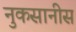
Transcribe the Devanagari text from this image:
नुकसानीस